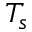
T _ { s }